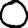
Digit: 0